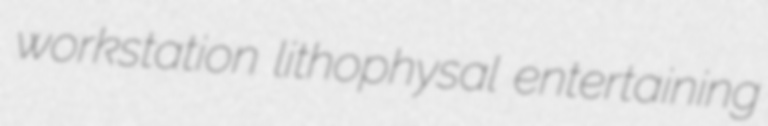
workstation lithophysal entertaining